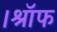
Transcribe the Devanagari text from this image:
।श्रॉफ